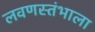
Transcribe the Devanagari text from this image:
लवणस्तंभाला